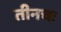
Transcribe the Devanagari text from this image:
तीनचः